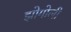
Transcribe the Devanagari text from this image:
झोगोली